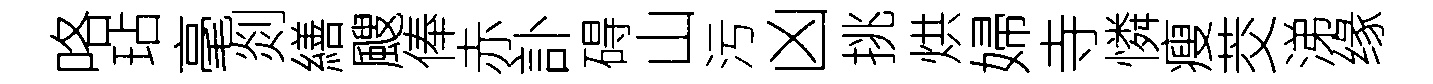
咯玷毫剡繕颼俸赤訃碍山污凶挑烘婦寺憐瘦茭涕缘